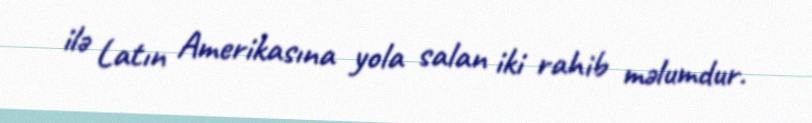
ilə Latın Amerikasına yola salan iki rahib məlumdur.